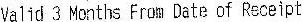
VALID 3 MONTHS FROM DATE OF RECEIPT